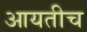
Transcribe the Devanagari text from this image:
आयतीच